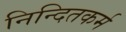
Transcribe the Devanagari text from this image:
निन्दितकर्म